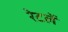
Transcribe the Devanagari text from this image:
रेटलें